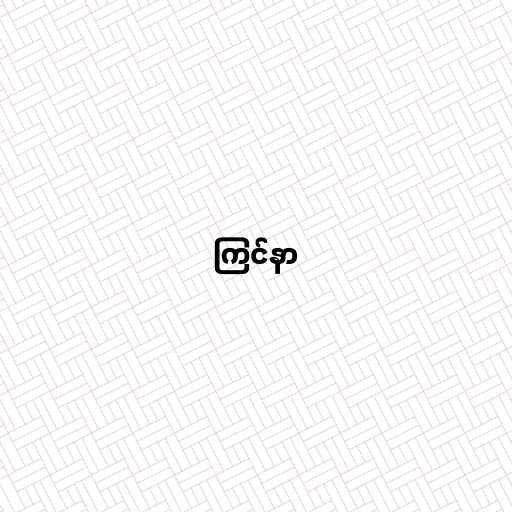
ကြင်နာ